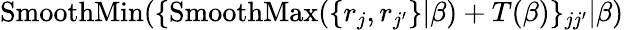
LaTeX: \operatorname{SmoothMin}(\{ \operatorname{SmoothMax}(\{ r_{j},r_{j^{\prime}}\} |\beta)+T(\beta)\} _{jj^{\prime}}|\beta)